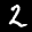
Label: 2